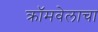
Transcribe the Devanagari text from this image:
क्रॉमवेलाचा